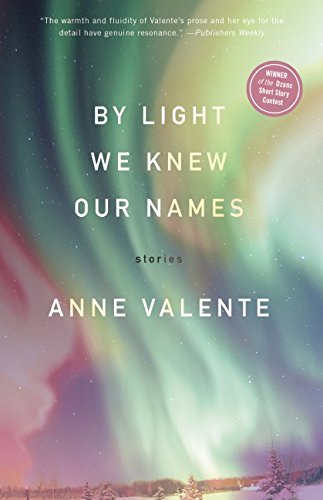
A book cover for By Light We Knew Our Names; Anne Valente; Science Fiction & Fantasy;